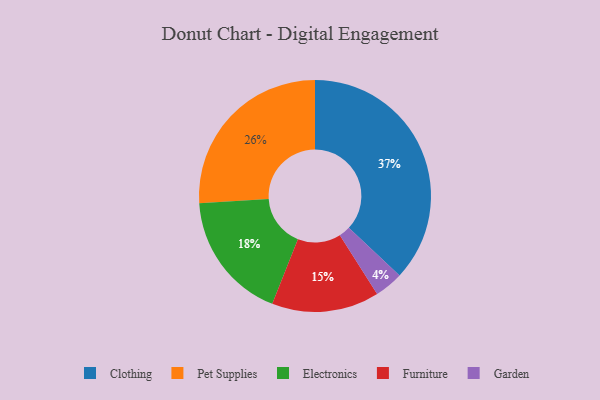
{"axis": {"x": "Category", "y": "Percentage"}, "legend": ["Clothing", "Electronics", "Furniture", "Garden", "Pet Supplies"], "data": [{"x": "Electronics", "y": 18, "type": "Electronics"}, {"x": "Furniture", "y": 15, "type": "Furniture"}, {"x": "Clothing", "y": 37, "type": "Clothing"}, {"x": "Pet Supplies", "y": 26, "type": "Pet Supplies"}, {"x": "Garden", "y": 4, "type": "Garden"}]}